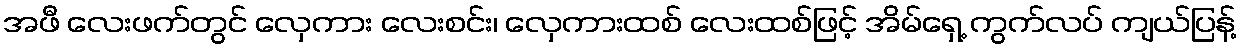
အဖီ လေးဖက်တွင် လှေကား လေးစင်း၊ လှေကားထစ် လေးထစ်ဖြင့် အိမ်ရှေ့ ကွက်လပ် ကျယ်ပြန့်